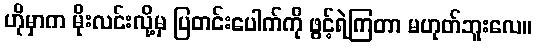
ဟိုမှာက မိုးလင်းလို့မှ ပြတင်းပေါက်ကို ဖွင့်ရဲကြတာ မဟုတ်ဘူးလေ။